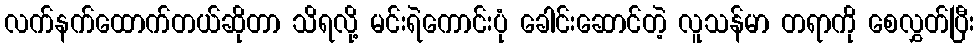
လက်နက်ထောက်တယ်ဆိုတာ သိရလို့ မင်းရဲကောင်းပုံ ခေါင်းဆောင်တဲ့ လူသန်မာ တရာကို စေလွှတ်ပြီး